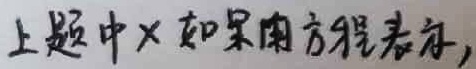
上题中×如果用方程表示,